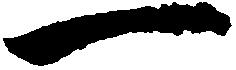
一